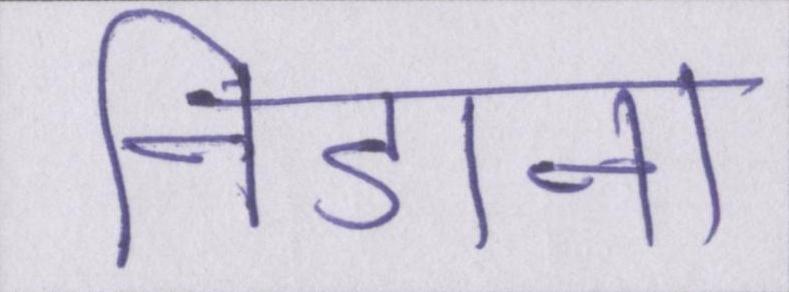
निडाना